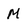
Character: M